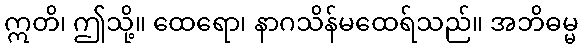
ဣတိ၊ ဤသို့။ ထေရော၊ နာဂသိန်မထေရ်သည်။ အဘိဓမ္မ